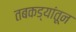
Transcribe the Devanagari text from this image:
तबकड्यांतून